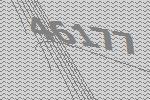
46177